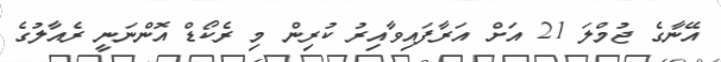
އޭނާގެ ޖުމްލަ 21 އަށް އަރާފައިވާއިރު ކުރިން މި ރެކޯޑް އޮންނަނީ ރެއާލުގެ